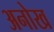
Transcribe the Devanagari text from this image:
अनोख